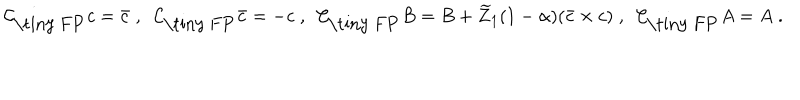
LaTeX: \mathcal { C } _ { \mathrm { \tiny ~ F P } } c = \bar { c } \; , \; \; \mathcal { C } _ { \mathrm { \tiny ~ F P } } \bar { c } = - c \; , \; \; \mathcal { C } _ { \mathrm { \tiny ~ F P } } B = B + \widetilde Z _ { 1 } ( 1 - \alpha ) ( \bar { c } \times c ) \; , \; \; \mathcal { C } _ { \mathrm { \tiny ~ F P } } A = A \; .